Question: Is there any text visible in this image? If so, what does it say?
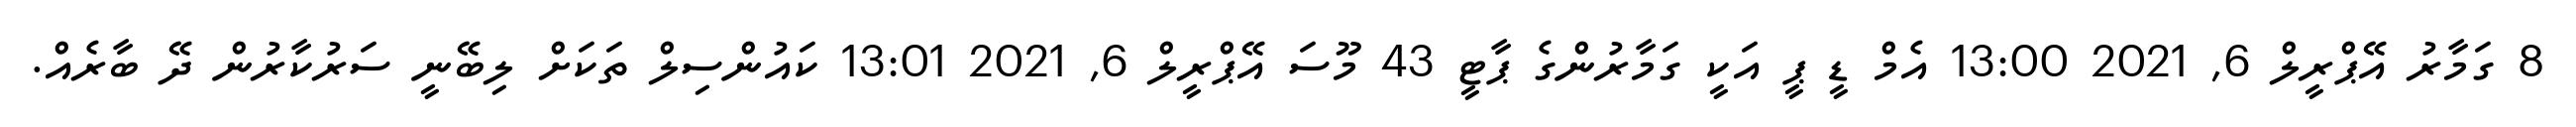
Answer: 8 ގަމާރު އޭޕްރީލް 6, 2021 13:00 އެމް ޑީ ޕީ އަކީ ގަމާރުންގެ ޕާޓީ 43 މޫސަ އޭޕްރީލް 6, 2021 13:01 ކައުންސިލް ތަކަށް ލިބޭނީ ސަރުކާރުން ދޭ ބާރެއް.